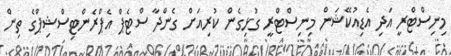
މިނިސްޓްރީ އަދި އެޑިއުކޭޝަން މިނިސްޓްރީ ގުޅިގެން ކުރިއަށް ގެންދާ ސްޓެޕް އެޕްރެންޓިސްޝިޕްގެ ތިން